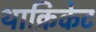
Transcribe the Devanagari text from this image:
थाक्रिकेट